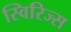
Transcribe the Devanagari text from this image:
स्विरिज्स